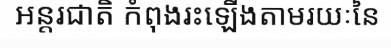
អន្តរជាតិ កំពុងរះឡើងតាមរយៈនៃ